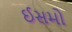
ઈસમો